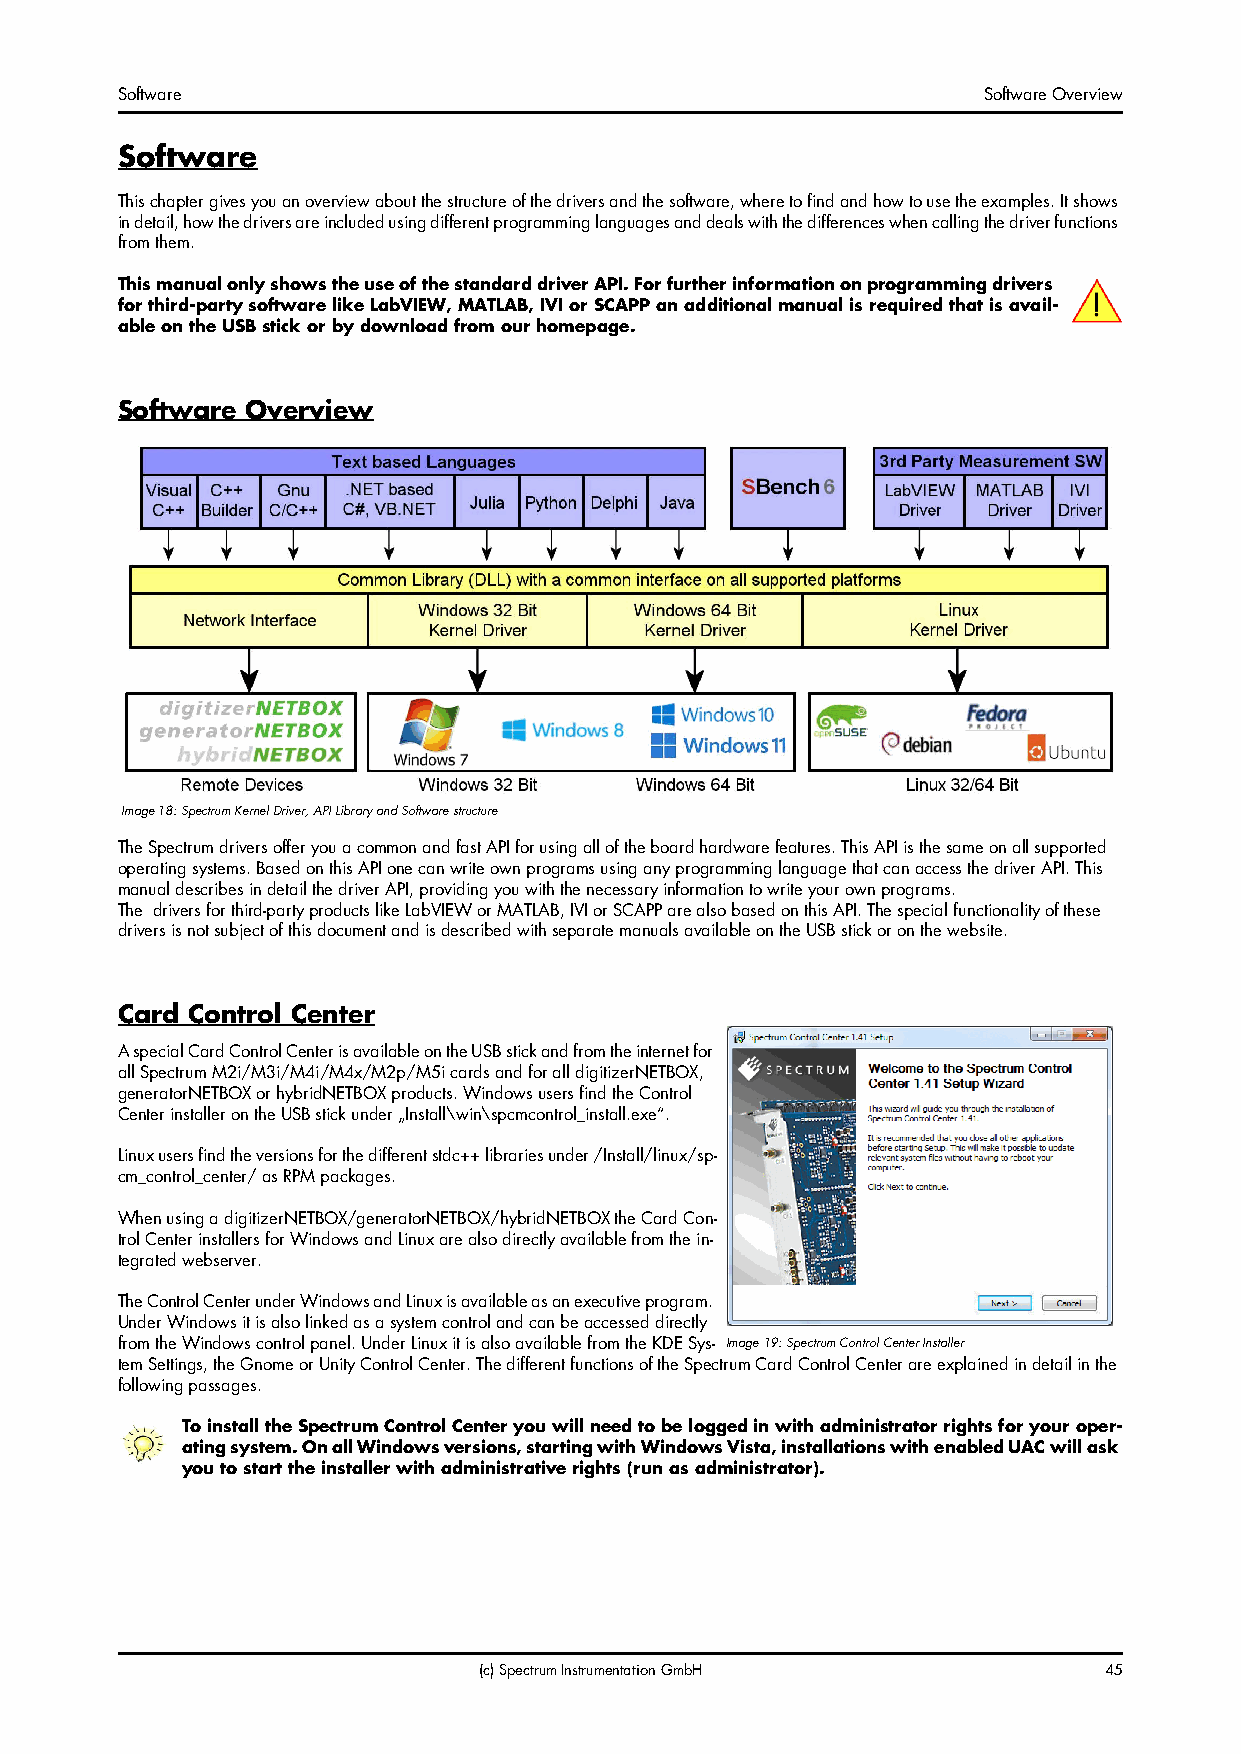
Software                                                 Software Overview
 Software
 This chapter gives you an overview about the structure of the drivers and the software, where to find and how to use the examples. It shows
 in detail, how the drivers are included using different programming languages and deals with the differences when calling the driver functions
 from them.
 This manual only shows the use of the standard driver API. For further information on programming drivers
 for third-party software like LabVIEW, MATLAB, IVI or SCAPP an additional manual is required that is avail-
 able on the USB stick or by download from our homepage.
 Software Overview
 Image 18: Spectrum Kernel Driver, API Library and Software structure
 The Spectrum drivers offer you a common and fast API for using all of the board hardware features. This API is the same on all supported
 operating systems. Based on this API one can write own programs using any programming language that can access the driver API. This
 manual describes in detail the driver API, providing you with the necessary information to write your own programs.
 The drivers for third-party products like LabVIEW or MATLAB, IVI or SCAPP are also based on this API. The special functionality of these
 drivers is not subject of this document and is described with separate manuals available on the USB stick or on the website.
 Card Control Center
 A special Card Control Center is available on the USB stick and from the internet for
 all Spectrum M2i/M3i/M4i/M4x/M2p/M5i cards and for all digitizerNETBOX,
 generatorNETBOX or hybridNETBOX products. Windows users find the Control
 Center installer on the USB stick under „Install\win\spcmcontrol_install.exe“.
 Linux users find the versions for the different stdc++ libraries under /Install/linux/sp-
 cm_control_center/ as RPM packages.
 When using a digitizerNETBOX/generatorNETBOX/hybridNETBOX the Card Con-
 trol Center installers for Windows and Linux are also directly available from the in-
 tegrated webserver.
 The Control Center under Windows and Linux is available as an executive program.
 Under Windows it is also linked as a system control and can be accessed directly
 from the Windows control panel. Under Linux it is also available from the KDE Sys- Image 19: Spectrum Control Center Installer
 tem Settings, the Gnome or Unity Control Center. The different functions of the Spectrum Card Control Center are explained in detail in the
 following passages.
 To install the Spectrum Control Center you will need to be logged in with administrator rights for your oper-
 ating system. On all Windows versions, starting with Windows Vista, installations with enabled UAC will ask
 you to start the installer with administrative rights (run as administrator).
 (c) Spectrum Instrumentation GmbH        45